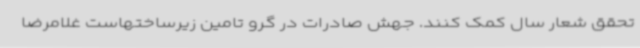
تحقق شعار سال کمک کنند. جهش صادرات در گرو تامین زیرساختهاست غلامرضا